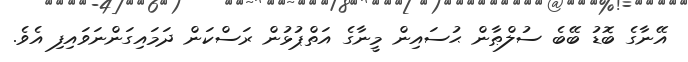
އޭނާގެ ބޮޑު ބޭބެ ސުލްޠާން ޙުސައިން މީނާގެ އަތްޕުޅުން ރަސްކަން ދަމައިގަންނަވައިފި އެވެ.